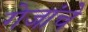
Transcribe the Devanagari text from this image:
गेजांचे